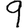
Digit: 9